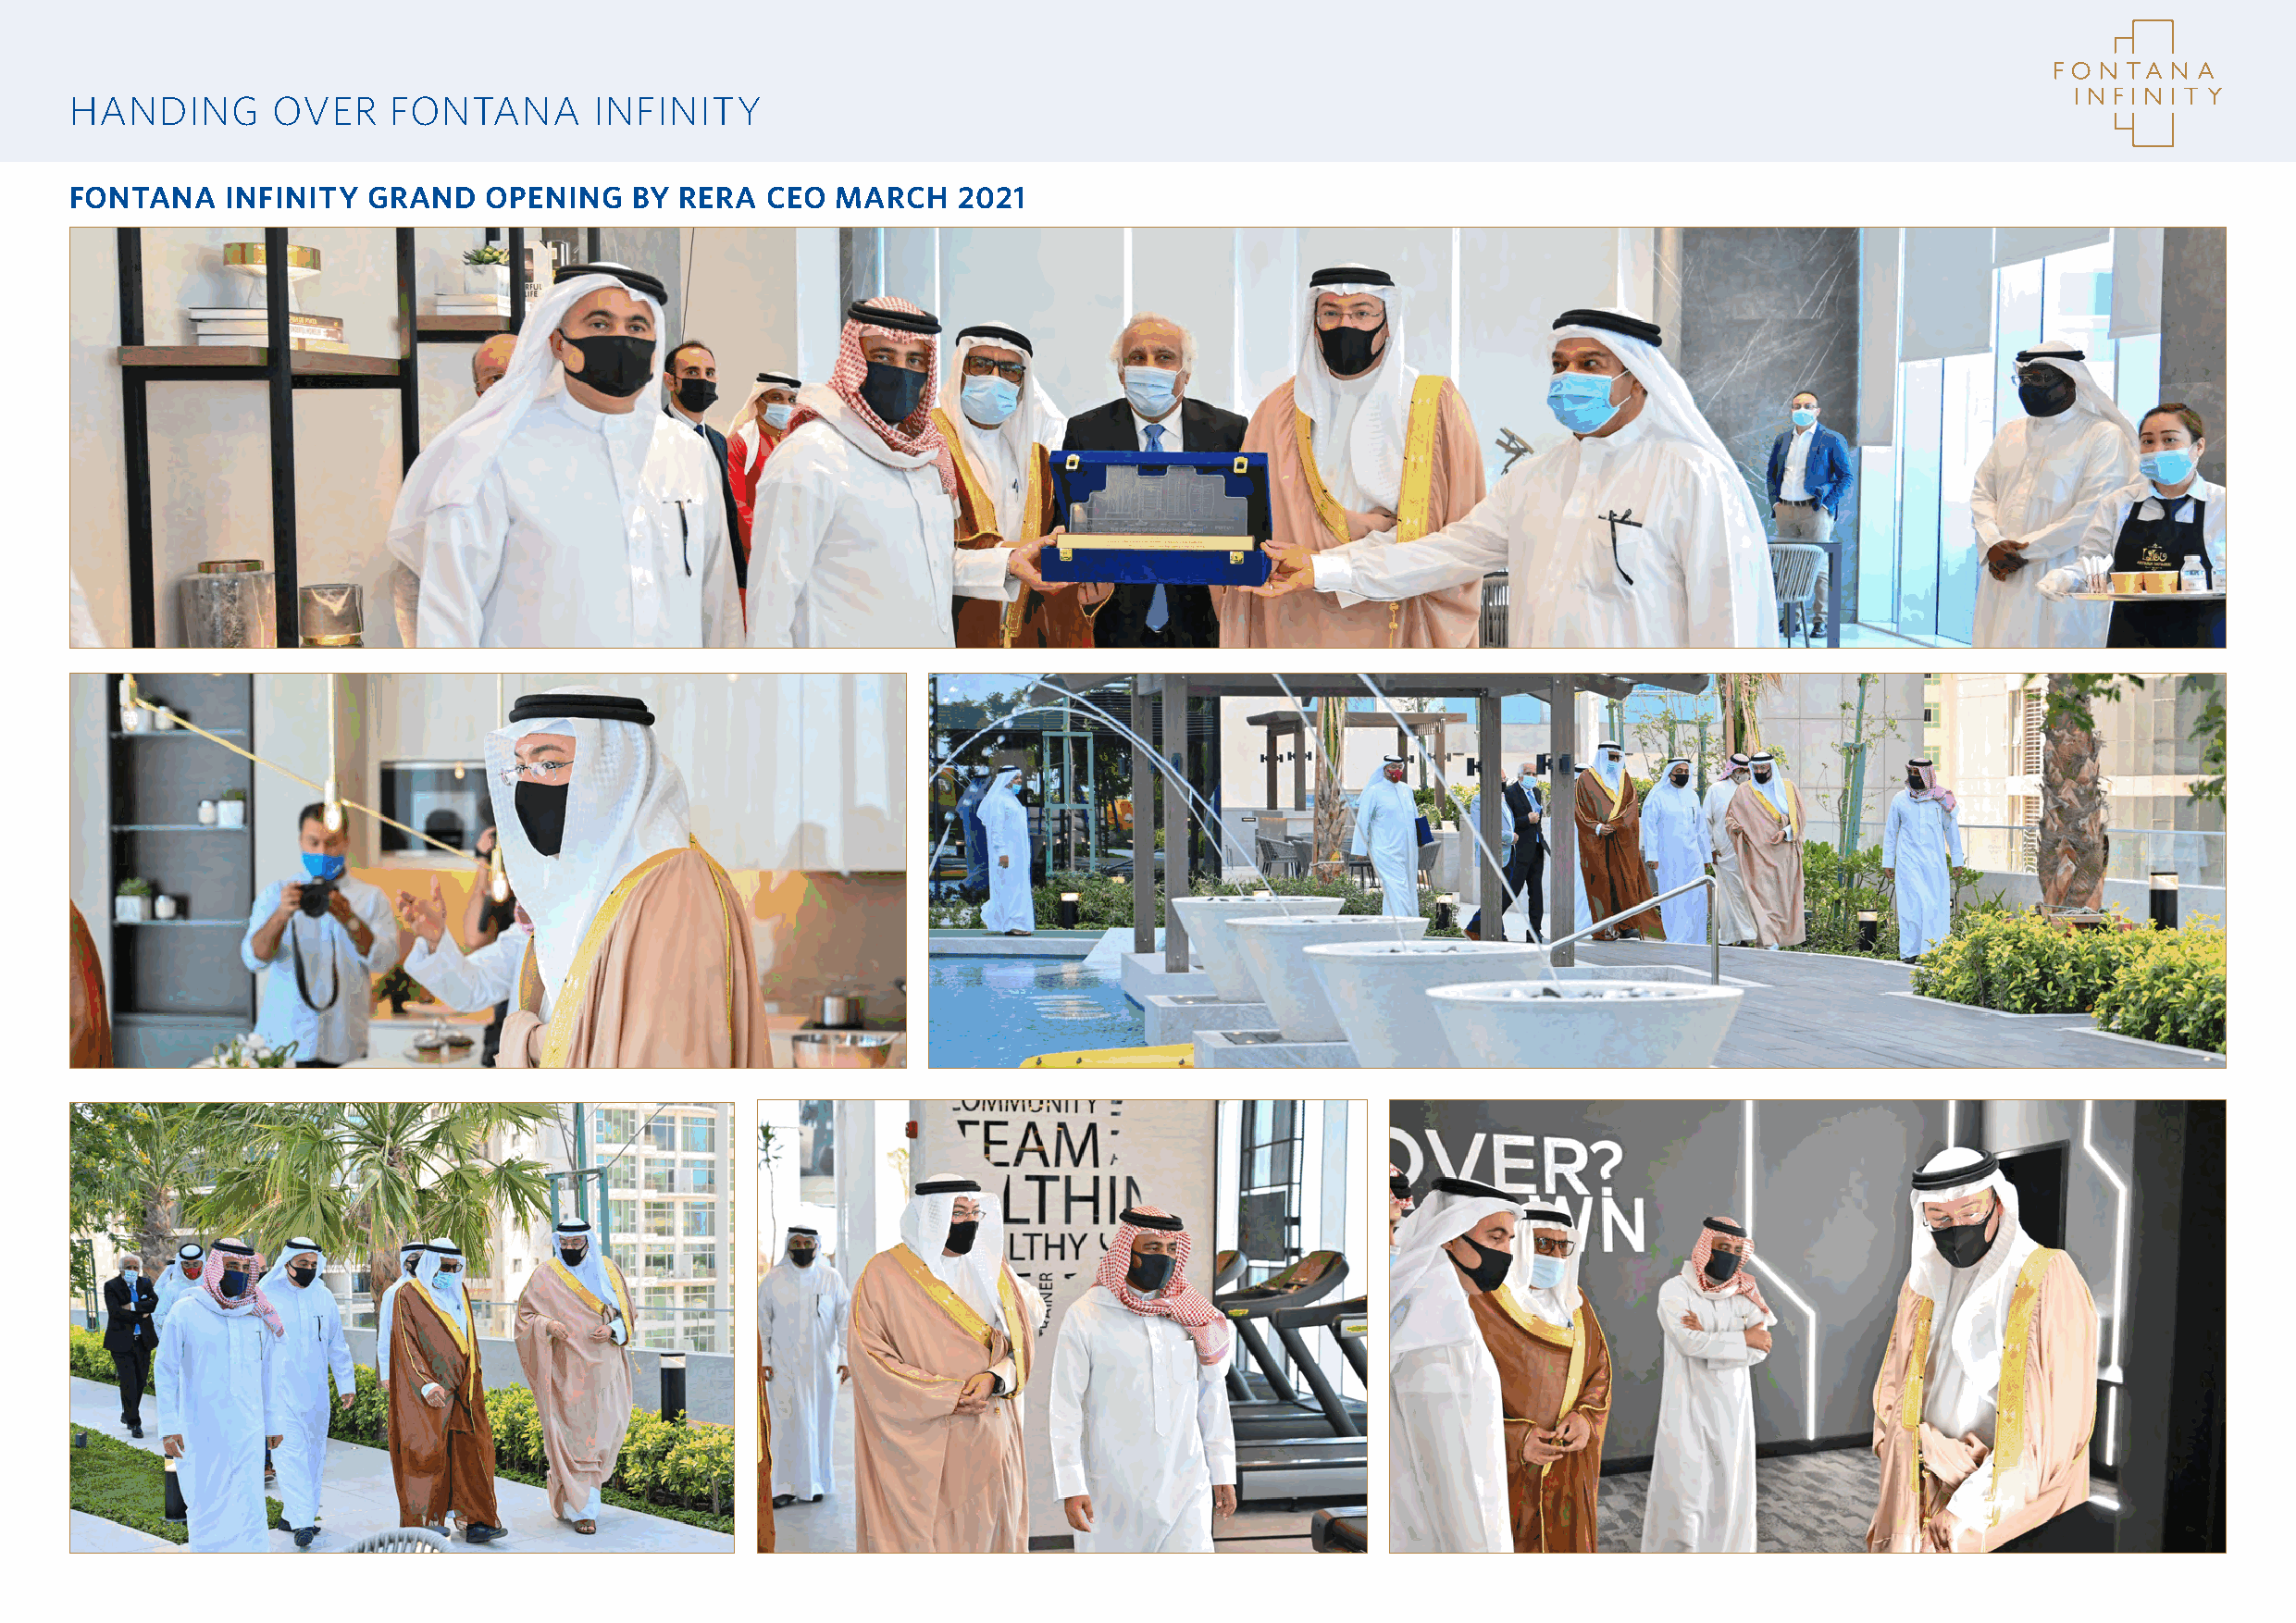
HANDING        OVER    FONTANA       INFINITY
 FONTANA    INFINITY  GRAND    OPENING   BY  RERA  CEO  MARCH   2021